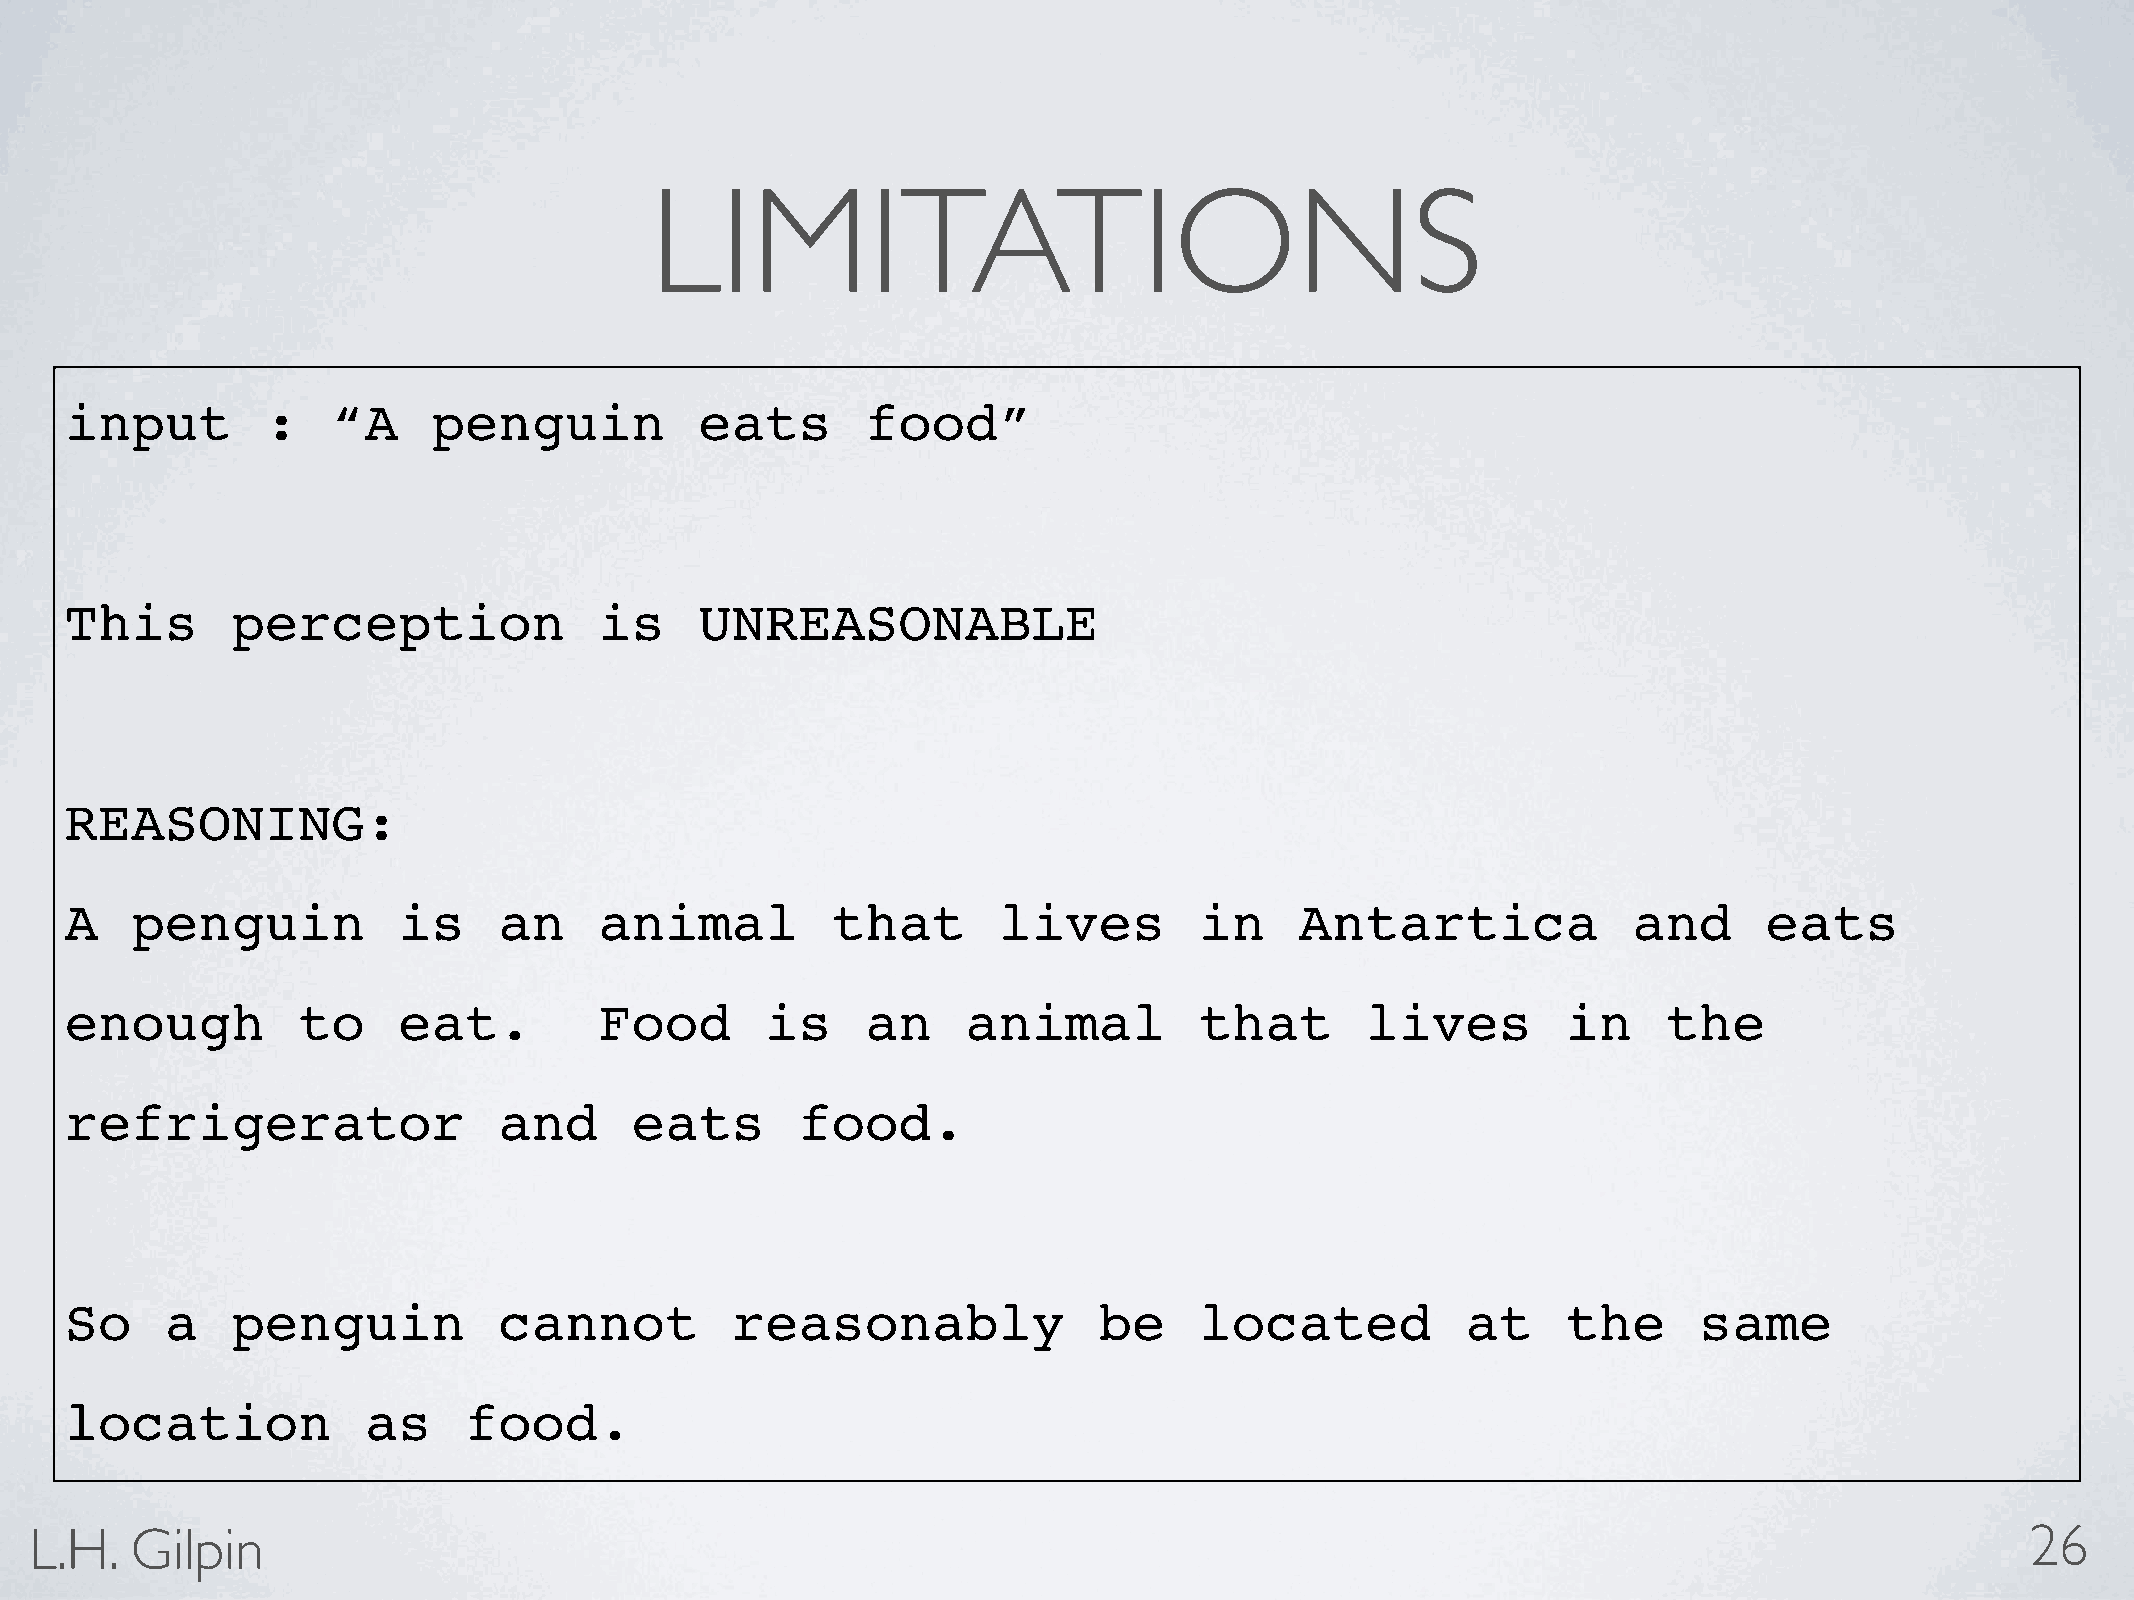
LIMITATIONS
 input         :   “A     penguin          eats       food”
 This       perception               is    UNREASONABLE
 REASONING:
 A    penguin          is     an     animal         that       lives        in     Antartica             and      eats
 enough          to    eat.          Food       is    an     animal         that       lives         in    the
 refrigerator                 and      eats       food.
 So     a   penguin           cannot         reasonably               be    located           at     the     same
 location            as     food.
 L.H.   Gilpin                                                                                                                       26